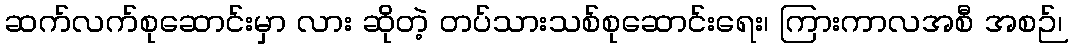
ဆက်လက်စုဆောင်းမှာ လား ဆိုတဲ့ တပ်သားသစ်စုဆောင်းရေး၊ ကြားကာလအစီ အစဉ်၊